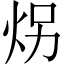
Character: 𪸝